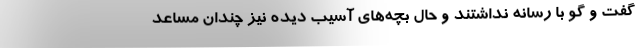
گفت و گو با رسانه نداشتند و حال بچه‌های آسیب دیده نیز چندان مساعد